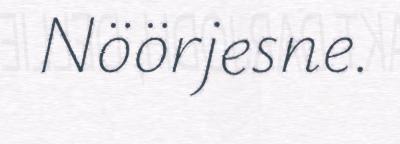
Nöörjesne.